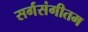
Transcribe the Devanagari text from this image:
सर्गसंगीतम